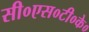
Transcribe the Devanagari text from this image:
सी०एस०टी०के०